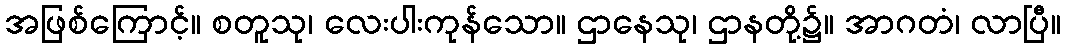
အဖြစ်ကြောင့်။ စတူသု၊ လေးပါးကုန်သော။ ဌာနေသု၊ ဌာနတို့၌။ အာဂတံ၊ လာပြီ။